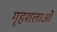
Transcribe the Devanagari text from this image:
गृहशलाओं